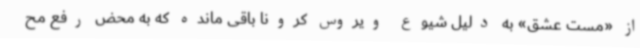
از «مست عشق» به دلیل شیوع ویروس کرونا باقی مانده که به محض رفع مح